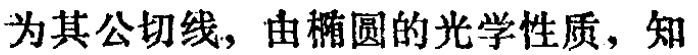
为其公切线, 由椭圆的光学性质, 知